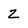
Character: z